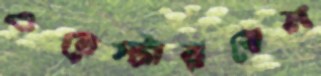
ওয়েস্টারবেল